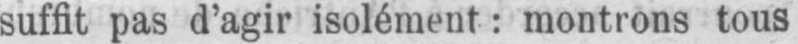
suffit pas d’agir isolément: montions tous